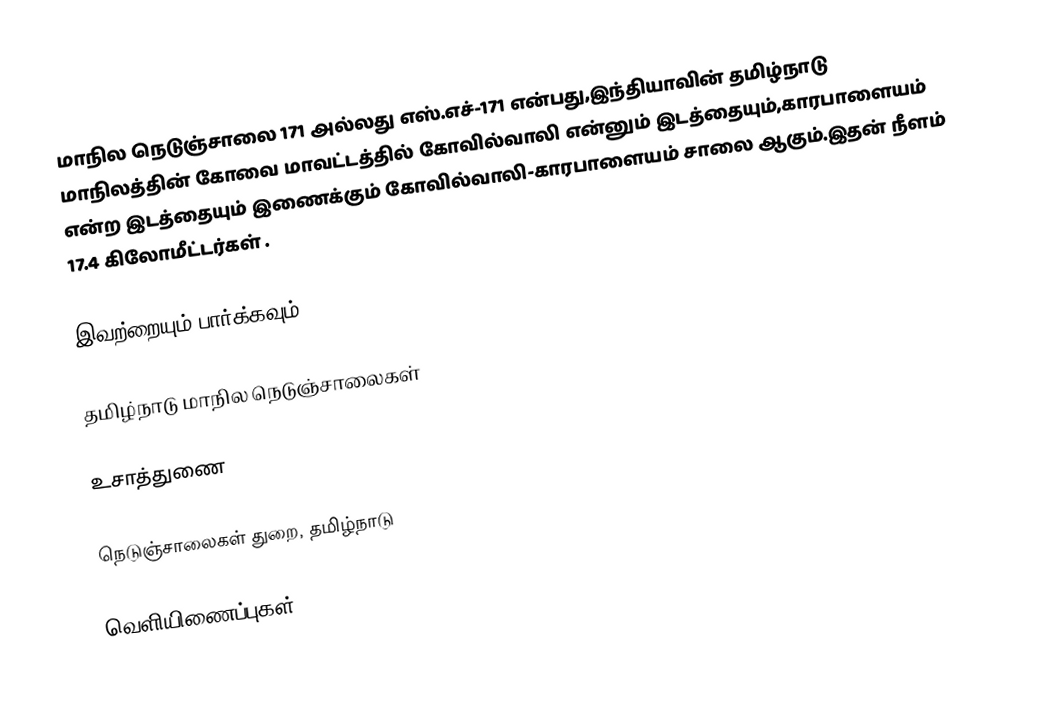
மாநில நெடுஞ்சாலை 171 அல்லது எஸ்.எச்-171  என்பது,இந்தியாவின் தமிழ்நாடு மாநிலத்தின்  கோவை மாவட்டத்தில்  கோவில்வாலி  என்னும் இடத்தையும்,காரபாளையம்  என்ற இடத்தையும் இணைக்கும் கோவில்வாலி-காரபாளையம் சாலை ஆகும்.இதன் நீளம் 17.4  கிலோமீட்டர்கள் .

இவற்றையும் பார்க்கவும்

 தமிழ்நாடு மாநில நெடுஞ்சாலைகள்

உசாத்துணை

 நெடுஞ்சாலைகள் துறை, தமிழ்நாடு

வெளியிணைப்புகள்